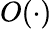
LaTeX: O(\cdot)